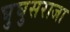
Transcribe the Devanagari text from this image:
घुघुसराजा